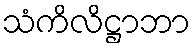
သံကိလိဋ္ဌာဘာ